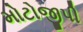
મોટોજીપી